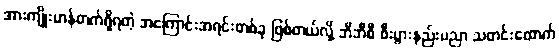
အားကျိုးမာန်တက်ရှိရတဲ့ အကြောင်းအရင်းတစ်ခု ဖြစ်တယ်လို့ ဘီဘီစီ စီးပွားနည်းပညာ သတင်းထောက်